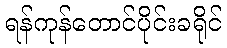
ရန်ကုန်တောင်ပိုင်းခရိုင်